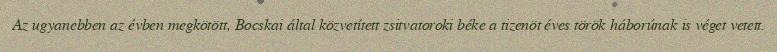
Az ugyanebben az évben megkötött, Bocskai által közvetített zsitvatoroki béke a tizenöt éves török háborúnak is véget vetett.